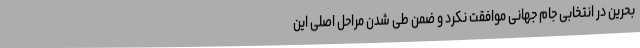
بحرین در انتخابی جام جهانی موافقت نکرد و ضمن طی شدن مراحل اصلی این